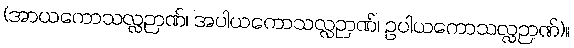
(အာယကောသလ္လဉာဏ်၊ အပါယကောသလ္လဉာဏ်၊ ဥပါယကောသလ္လဉာဏ်)။